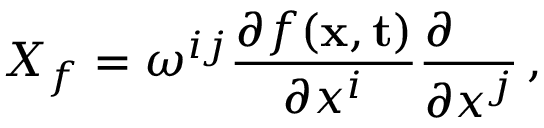
X _ { f } = \omega ^ { i j } { \frac { \partial f ( { \bf x } , { \bf t } ) } { \partial x ^ { i } } } { \frac { \partial \phantom { x ^ { j } } } { \partial x ^ { j } } } \, ,